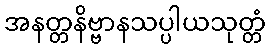
အနတ္တနိဗ္ဗာနသပ္ပါယသုတ္တံ